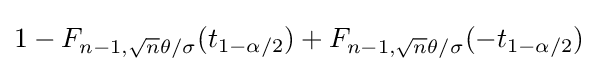
1-F_{n-1,{\sqrt {n}}\theta /\sigma }(t_{1-\alpha /2})+F_{n-1,{\sqrt {n}}\theta /\sigma }(-t_{1-\alpha /2})